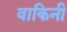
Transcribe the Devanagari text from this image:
वाकिनी